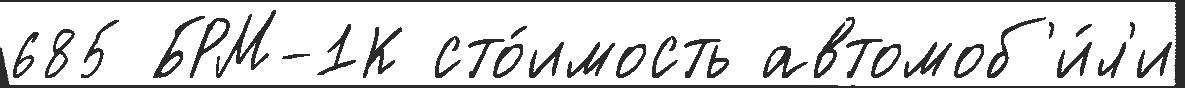
685 БРМ-1К сто́имость автомоб'и́л'и